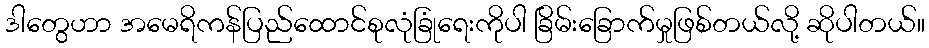
ဒါတွေဟာ အမေရိကန်ပြည်ထောင်စုလုံခြုံရေးကိုပါ ခြိမ်းခြောက်မှုဖြစ်တယ်လို့ ဆိုပါတယ်။